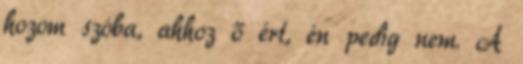
hozom szóba, ahhoz ő ért, én pedig nem. A